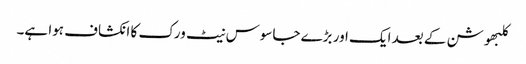
کلبھوشن کے بعد ایک اور بڑے جاسوس نیٹ ورک کا انکشاف ہوا ہے۔